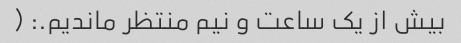
بیش از یک ساعت و نیم منتظر ماندیم.: (